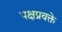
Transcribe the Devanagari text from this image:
पक्षप्रवक्ते